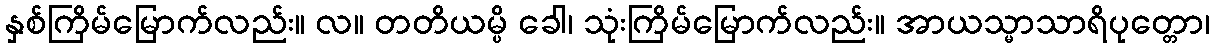
နှစ်ကြိမ်မြောက်လည်း။ လ။ တတိယမ္ပိ ခေါ၊ သုံးကြိမ်မြောက်လည်း။ အာယသ္မာသာရိပုတ္တော၊